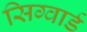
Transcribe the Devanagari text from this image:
सिग्वार्ड